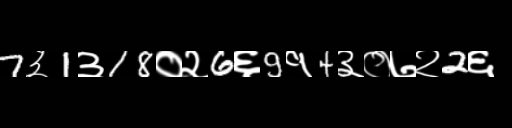
Text: 7३1३18०२6६9१4३०७२2६